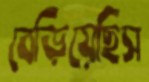
বেড়িয়েছিস